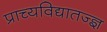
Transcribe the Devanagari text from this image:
प्राच्यविद्यातज्‍ज्ञ